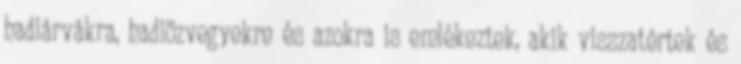
hadiárvákra, hadiözvegyekre és azokra is emlékeztek, akik visszatértek és